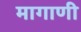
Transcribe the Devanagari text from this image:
मागाणी